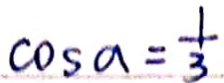
\cos a = \frac { 1 } { 3 }